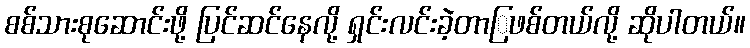
စစ်သားစုဆောင်းဖို့ ပြင်ဆင်နေလို့ ရှင်းလင်းခဲ့တာြဖစ်တယ်လို့ ဆိုပါတယ်။